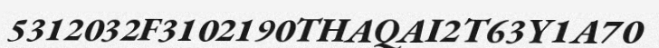
5312032F3102190THAQAI2T63Y1A70